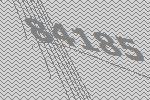
84185